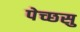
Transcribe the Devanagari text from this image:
पेच्छसु